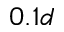
0 . 1 d